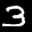
Label: 3